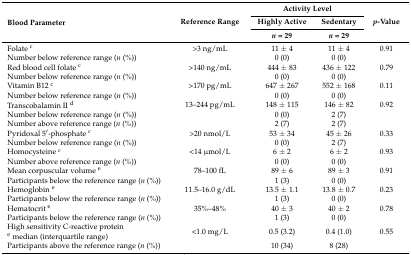
<table><thead><tr><td rowspan="3"><b>Blood Parameter</b></td><td rowspan="3"><b>Reference Range</b></td><td colspan="2"><b>Activity Level</b></td><td rowspan="3"><b><i>p</i>-Value</b></td></tr><tr><td><b>Highly Active</b></td><td><b>Sedentary</b></td></tr><tr><td><b><i>n</i> = 29</b></td><td><b><i>n</i> = 29</b></td></tr></thead><tbody><tr><td>Folate <sup>c</sup></td><td>&gt;3 ng/mL</td><td>11 ± 4</td><td>11 ± 4</td><td>0.91</td></tr><tr><td>Number below reference range (<i>n</i> (%))</td><td></td><td>0 (0)</td><td>0 (0)</td><td></td></tr><tr><td>Red blood cell folate <sup>c</sup></td><td>&gt;140 ng/mL</td><td>444 ± 83</td><td>436 ± 122</td><td>0.79</td></tr><tr><td>Number below reference range (<i>n</i> (%))</td><td></td><td>0 (0)</td><td>0 (0)</td><td></td></tr><tr><td>Vitamin B12 <sup>c</sup></td><td>&gt;170 pg/mL</td><td>647 ± 267</td><td>552 ± 168</td><td>0.11</td></tr><tr><td>Number below reference range (<i>n</i> (%))</td><td></td><td>0 (0)</td><td>0 (0)</td><td></td></tr><tr><td>Transcobalamin II <sup>d</sup></td><td>13–244 pg/mL</td><td>148 ± 115</td><td>146 ± 82</td><td>0.92</td></tr><tr><td>Number below reference range (<i>n</i> (%))</td><td></td><td>0 (0)</td><td>2 (7)</td><td></td></tr><tr><td>Number above reference range (<i>n</i> (%))</td><td></td><td>2 (7)</td><td>2 (7)</td><td></td></tr><tr><td>Pyridoxal 5′-phosphate <sup>c</sup></td><td>&gt;20 nmol/L</td><td>53 ± 34</td><td>45 ± 26</td><td>0.33</td></tr><tr><td>Number below reference range (<i>n</i> (%))</td><td></td><td>0 (0)</td><td>2 (7)</td><td></td></tr><tr><td>Homocysteine <sup>c</sup></td><td>&lt;14 μmol/L</td><td>6 ± 2</td><td>6 ± 2</td><td>0.93</td></tr><tr><td>Number above reference range (<i>n</i> (%))</td><td></td><td>0 (0)</td><td>0 (0)</td><td></td></tr><tr><td>Mean corpuscular volume <sup>e</sup></td><td>78–100 fL</td><td>89 ± 6</td><td>89 ± 3</td><td>0.91</td></tr><tr><td>Participants below the reference range (<i>n</i> (%))</td><td></td><td>1 (3)</td><td>0 (0)</td><td></td></tr><tr><td>Hemoglobin <sup>e</sup></td><td>11.5–16.0 g/dL</td><td>13.5 ± 1.1</td><td>13.8 ± 0.7</td><td>0.23</td></tr><tr><td>Participants below the reference range (<i>n</i> (%))</td><td></td><td>1 (3)</td><td>0 (0)</td><td></td></tr><tr><td>Hematocrit <sup>e</sup></td><td>35%–48%</td><td>40 ± 3</td><td>40 ± 2</td><td>0.78</td></tr><tr><td>Participants below the reference range (<i>n</i> (%))</td><td></td><td>1 (3)</td><td>0 (0)</td><td></td></tr><tr><td>High sensitivity C-reactive protein <sup>e</sup> median (interquartile range)</td><td>&lt;1.0 mg/L</td><td>0.5 (3.2)</td><td>0.4 (1.0)</td><td>0.55</td></tr><tr><td>Participants above the reference range (<i>n</i> (%))</td><td></td><td>10 (34)</td><td>8 (28)</td><td></td></tr></tbody></table>